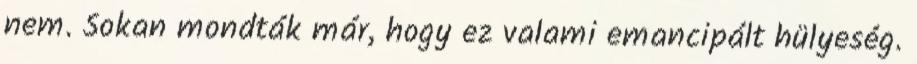
nem. Sokan mondták már, hogy ez valami emancipált hülyeség.